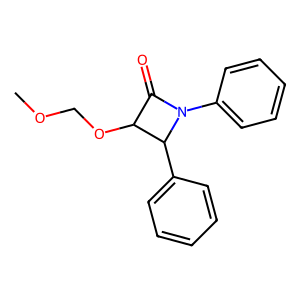
SMILES: COCOC1C(=O)N(c2ccccc2)C1c1ccccc1
Inhibits HIV replication: No